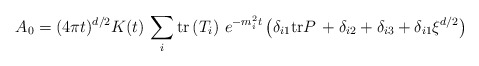
\begin{align*}A_{0}=(4\pi t)^{d/2}K(t)\,\sum_{i}{\rm tr}\left( T_{i}\right)\,e^{-m_{i}^{2}t}\left( \delta _{i1}{\rm tr}P\,+\delta _{i2}+\delta_{i3}+\delta _{i1}\xi ^{d/2}\right)\end{align*}